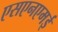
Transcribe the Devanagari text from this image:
एसएनएमई